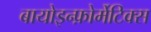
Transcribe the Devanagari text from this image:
बायोइन्फ़ोर्मेटिक्स